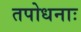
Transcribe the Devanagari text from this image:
तपोधनाः